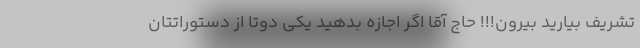
تشریف بیارید بیرون!!! حاج آقا اگر اجازه بدهید یکی دوتا از دستوراتتان